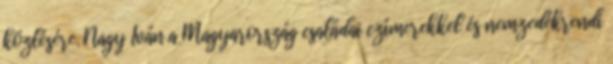
közlésére. Nagy Iván a Magyarország családai czímerekkel és nemzedékrendi